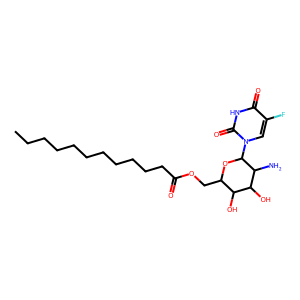
SMILES: CCCCCCCCCCCC(=O)OCC1OC(n2cc(F)c(=O)[nH]c2=O)C(N)C(O)C1O
Inhibits HIV replication: No